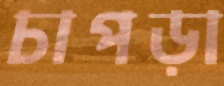
চাপড়া